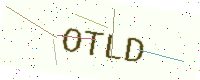
Text: OTLD